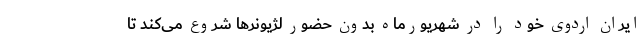
ایران اردوی خود را در شهریورماه بدون حضور لژیونر‌ها شروع می‌کند تا